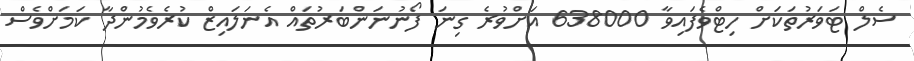
ސެލް ޓަވަރުތަކަށް ހިޓްވެފައިވާ 638000 އަށްވުރެ ގިނަ ފޯނުނަންބަރުތައް އެނަލައިޒް ކުރެވެމުންދާ ކަމަށްވެސް